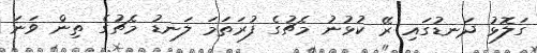
ގަލޮޅު ދަނޑުގައި ރޭ ކުޅުނު މެޗުގެ ފުރަތަމަ ލަނޑު މެޗުގެ ތިން ވަނަ